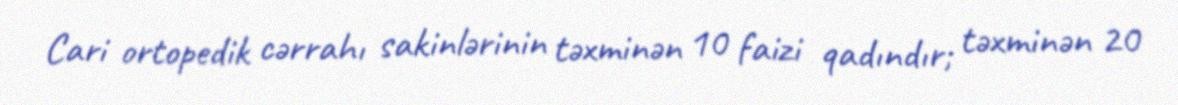
Cari ortopedik cərrahı sakinlərinin təxminən 10 faizi qadındır; təxminən 20